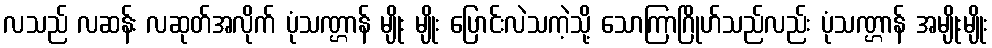
လသည် လဆန်း လဆုတ်အလိုက် ပုံသဏ္ဌာန် မျိုး မျိုး ပြောင်းလဲသကဲ့သို့ သောကြာဂြိုဟ်သည်လည်း ပုံသဏ္ဌာန် အမျိုးမျိုး